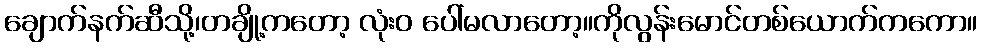
ချောက်နက်ဆီသို့၊တချို့ကတော့ လုံးဝ ပေါ်မလာတော့။ကိုလွန်းမောင်တစ်ယောက်ကကော။